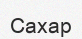
Сахар